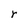
Character: r